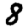
Digit: 8